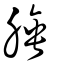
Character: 腄